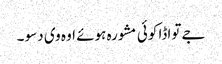
جے تواڈا کوئی مشورہ ہوئے اوہ وی دسو ۔